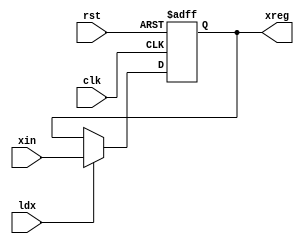
`timescale 1ns/1ns
module xreg(input rst,clk,input ldx,input[15:0]xin,output reg [15:0]xreg);
  always@(posedge clk,posedge rst) begin
  if(rst) xreg<=16'b 0;
  else if(ldx) xreg<=xin;
  end
endmodule